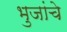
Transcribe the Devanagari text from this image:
भुजांचे